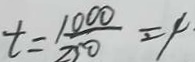
t = \frac { 1 0 0 0 } { 2 5 0 } = 4